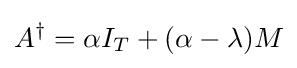
A^{\dagger }=\alpha I_{T}+(\alpha -\lambda )M